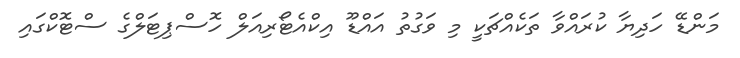
މަންޑޭ ހަދިޔާ ކުރައްވާ ތަކެއްޗަކީ މި ވަގުތު އައްޑޫ އިކްއެޓޯރިއަލް ހޮސްޕިޓަލްގެ ސްޓޮކްގައި